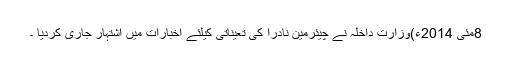
8مئی 2014ء)وزارت داخلہ نے چیئرمین نادرا کی تعیناتی کیلئے اخبارات میں اشتہار جاری کردیا ۔